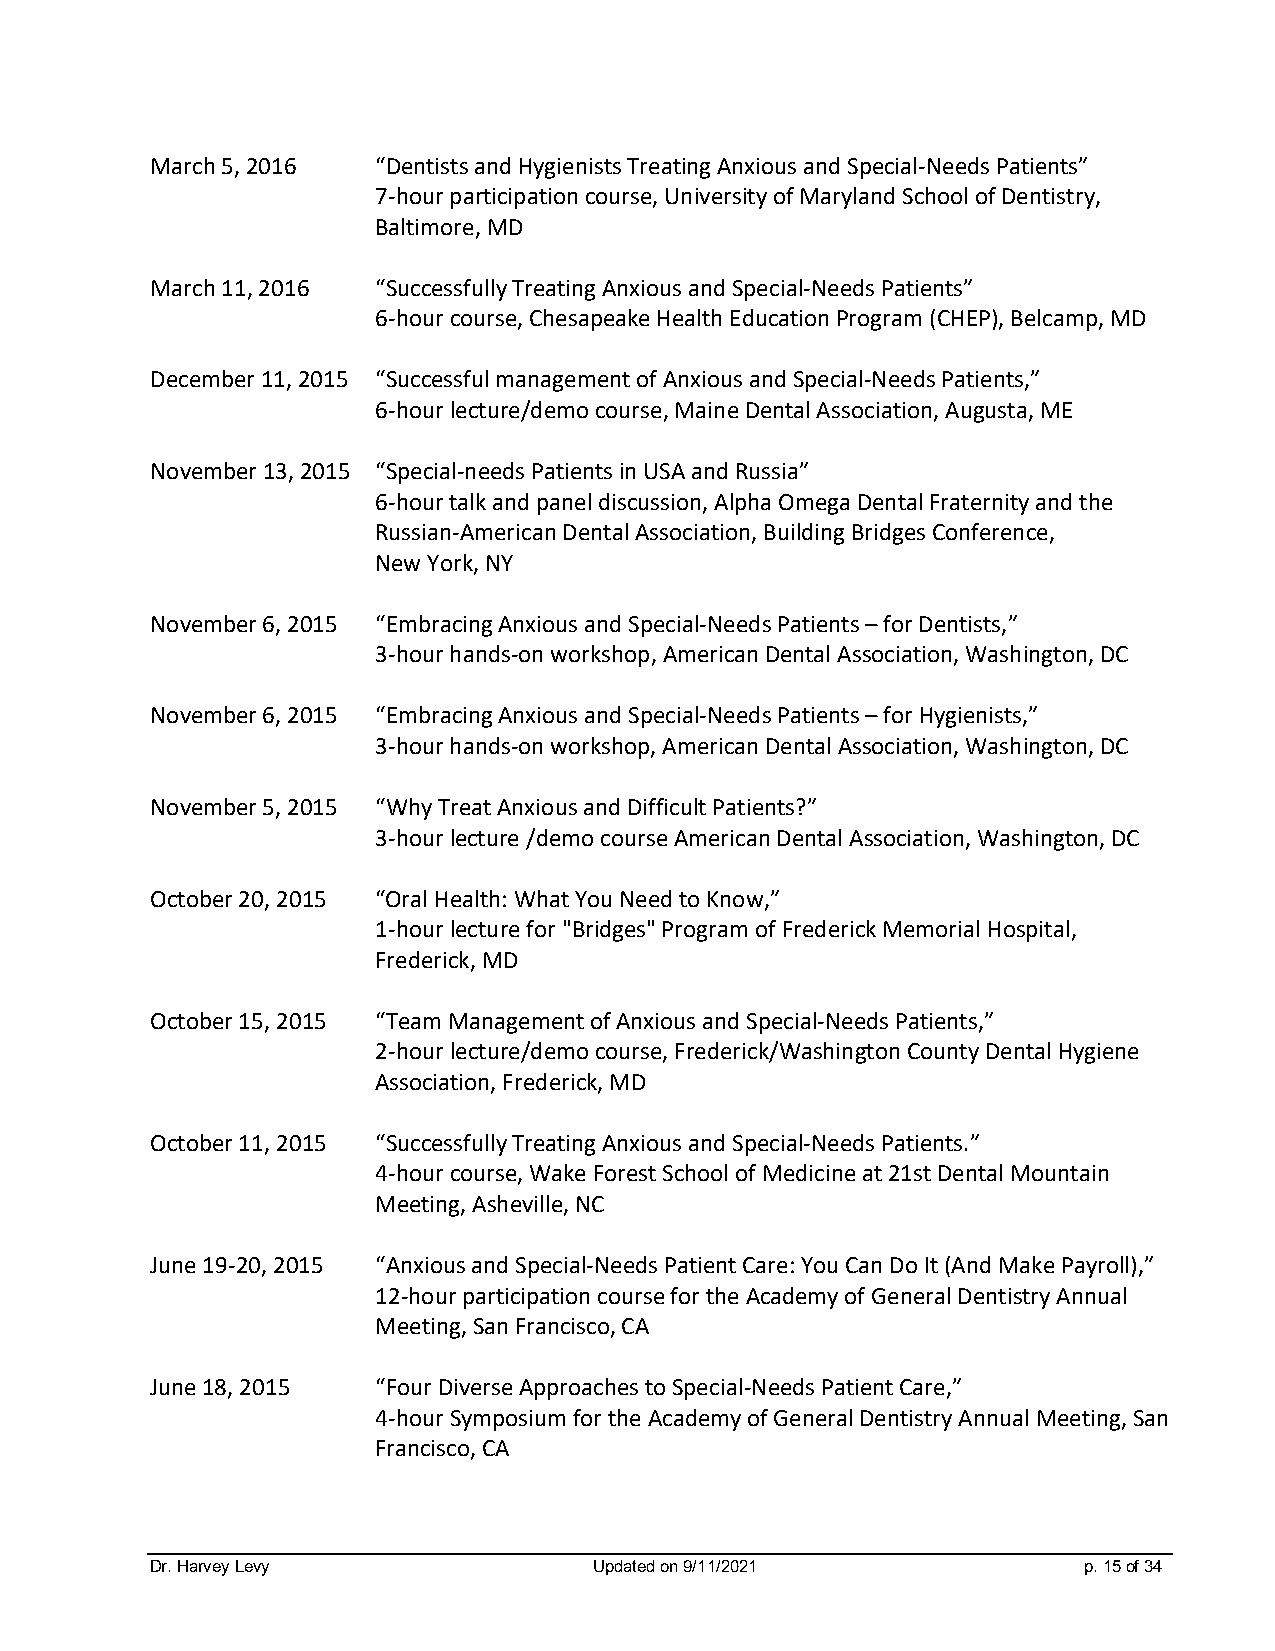
March 5, 2016  “Dentists and Hygienists Treating Anxious and Special-Needs Patients”
 7-hour participation course, University of Maryland School of Dentistry,
 Baltimore, MD
 March 11, 2016 “Successfully Treating Anxious and Special-Needs Patients”
 6-hour course, Chesapeake Health Education Program (CHEP), Belcamp, MD
 December 11, 2015 “Successful management of Anxious and Special-Needs Patients,”
 6-hour lecture/demo course, Maine Dental Association, Augusta, ME
 November 13, 2015 “Special-needs Patients in USA and Russia”
 6-hour talk and panel discussion, Alpha Omega Dental Fraternity and the
 Russian-American Dental Association, Building Bridges Conference,
 New York, NY
 November 6, 2015 “Embracing Anxious and Special-Needs Patients – for Dentists,”
 3-hour hands-on workshop, American Dental Association, Washington, DC
 November 6, 2015 “Embracing Anxious and Special-Needs Patients – for Hygienists,”
 3-hour hands-on workshop, American Dental Association, Washington, DC
 November 5, 2015 “Why Treat Anxious and Difficult Patients?”
 3-hour lecture /demo course American Dental Association, Washington, DC
 October 20, 2015 “Oral Health: What You Need to Know,”
 1-hour lecture for "Bridges" Program of Frederick Memorial Hospital,
 Frederick, MD
 October 15, 2015 “Team Management of Anxious and Special-Needs Patients,”
 2-hour lecture/demo course, Frederick/Washington County Dental Hygiene
 Association, Frederick, MD
 October 11, 2015 “Successfully Treating Anxious and Special-Needs Patients.”
 4-hour course, Wake Forest School of Medicine at 21st Dental Mountain
 Meeting, Asheville, NC
 June 19-20, 2015 “Anxious and Special-Needs Patient Care: You Can Do It (And Make Payroll),”
 12-hour participation course for the Academy of General Dentistry Annual
 Meeting, San Francisco, CA
 June 18, 2015  “Four Diverse Approaches to Special-Needs Patient Care,”
 4-hour Symposium for the Academy of General Dentistry Annual Meeting, San
 Francisco, CA
 Dr. Harvey Levy              Updated on 9/11/2021             p. 15 of 34